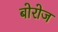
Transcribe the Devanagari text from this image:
बोरोज